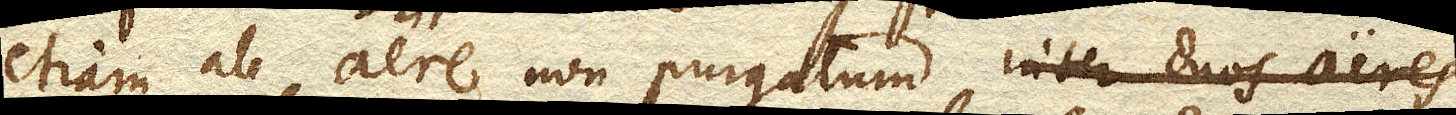
etiam ab aere non purgatum